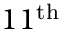
1 1 ^ { \mathrm { t h } }